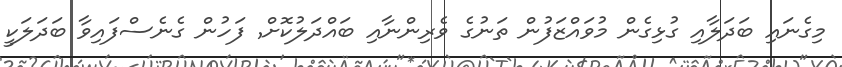
މިގެނައި ބަދަލާއި ގުޅިގެން މުވައްޒަފުން ތަނުގެ ވެރިންނާއި ބައްދަލުކޮށް